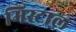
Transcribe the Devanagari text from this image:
मिस्टाल